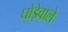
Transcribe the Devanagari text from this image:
घोड़ेवाले